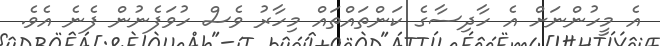
އެ މީހުންނަށް އެ ހާދިސާގެ ކަންތައްތައް މިހާރު ވެސް ހުވަފެނުން ފެނެ އެވެ.